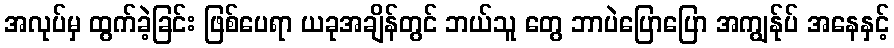
အလုပ်မှ ထွက်ခဲ့ခြင်း ဖြစ်ပေရာ ယခုအချိန်တွင် ဘယ်သူ တွေ ဘာပဲပြောပြော အကျွန်ုပ် အနေနှင့်